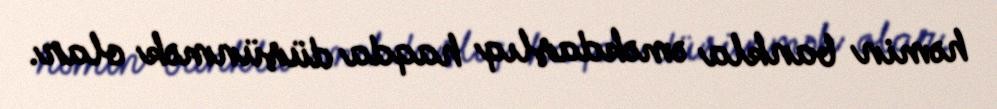
həmin bankla əməkdaşlıq haqda düşünmək olar.